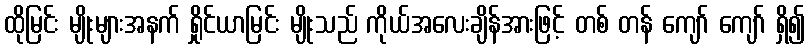
ထိုမြင်း မျိုးများအနက် ရှိုင်ယာမြင်း မျိုးသည် ကိုယ်အလေးချိန်အားဖြင့် တစ် တန် ကျော် ကျော် ရှိ၍